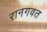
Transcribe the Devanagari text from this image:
रानगवत